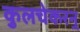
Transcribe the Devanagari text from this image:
कुलचेकरऩ्